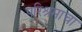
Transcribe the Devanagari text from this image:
परिश्रमाचा